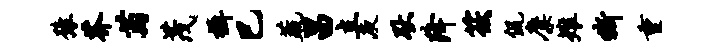
豫芥萄茂摄巳蔬昌立庾耿降筱侃麋雉嘶重